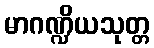
မာဂဏ္ဍိယသုတ္တ